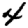
Digit: 4